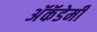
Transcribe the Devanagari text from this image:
अॅकॅडेमी